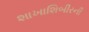
શાખાશિબીરની